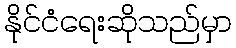
နိုင်ငံရေးဆိုသည်မှာ